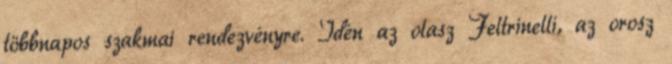
többnapos szakmai rendezvényre. Idén az olasz Feltrinelli, az orosz